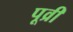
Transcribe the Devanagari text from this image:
पूव्री